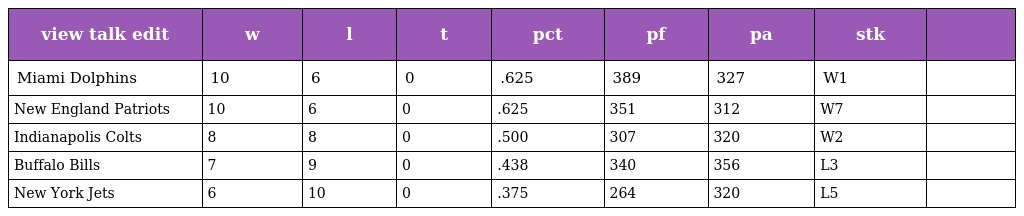
| view talk edit | w | l | t | pct | pf | pa | stk |  |
 | --- | --- | --- | --- | --- | --- | --- | --- | --- |
 | Miami Dolphins | 10 | 6 | 0 | .625 | 389 | 327 | W1 |  |
 | New England Patriots | 10 | 6 | 0 | .625 | 351 | 312 | W7 |  |
 | Indianapolis Colts | 8 | 8 | 0 | .500 | 307 | 320 | W2 |  |
 | Buffalo Bills | 7 | 9 | 0 | .438 | 340 | 356 | L3 |  |
 | New York Jets | 6 | 10 | 0 | .375 | 264 | 320 | L5 |  |